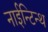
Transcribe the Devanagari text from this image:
नाईन्टिन्थ